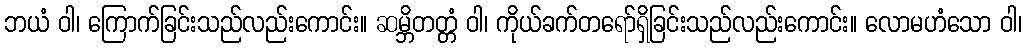
ဘယံ ဝါ၊ ကြောက်ခြင်းသည်လည်းကောင်း။ ဆမ္ဘိတတ္တံ ဝါ၊ ကိုယ်ခက်တရော်ရှိခြင်းသည်လည်းကောင်း။ လောမဟံသော ဝါ၊